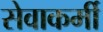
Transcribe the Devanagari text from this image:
सेवाकर्मी